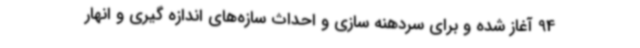
94 آغاز شده و برای سردهنه سازی و احداث سازه‌های اندازه گیری و انهار